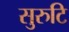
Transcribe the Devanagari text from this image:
सुरुटि